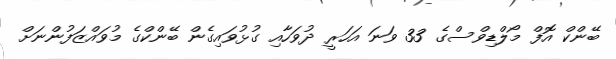
ބޭންކް އޮފް މޯލްޑިވްސްގެ 33 ވަނަ އަހަރީ ދުވަހާއި ގުޅުވައިގެން ބޭންކްގެ މުވައްޒަފުންނަށް